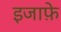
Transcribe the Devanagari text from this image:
इजाफ़े